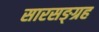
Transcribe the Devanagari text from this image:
सारसङ्ग्रह